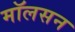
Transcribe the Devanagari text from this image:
मॉलसन